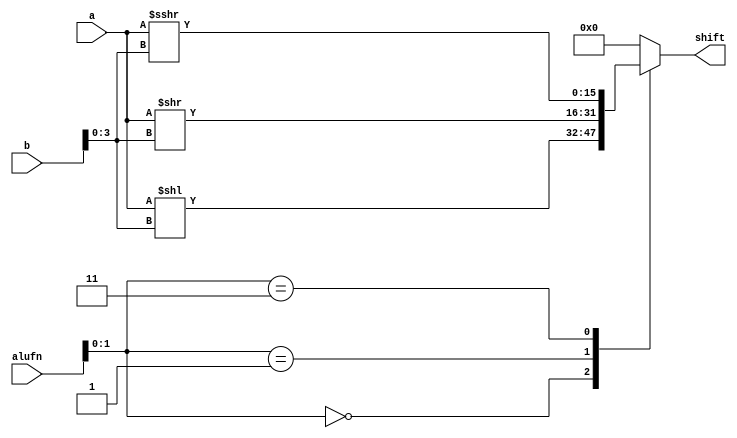
/*
   This file was generated automatically by the Mojo IDE version B1.3.6.
   Do not edit this file directly. Instead edit the original Lucid source.
   This is a temporary file and any changes made to it will be destroyed.
*/

module shifter_8 (
    input [5:0] alufn,
    input [15:0] a,
    input [15:0] b,
    output reg [15:0] shift
  );
  
  
  
  reg [3:0] xb;
  
  always @* begin
    xb = $signed(b[0+3-:4]);
    
    case (alufn[0+1-:2])
      2'h0: begin
        shift = $signed(a) << xb;
      end
      2'h1: begin
        shift = $signed(a) >> xb;
      end
      2'h3: begin
        shift = $signed(a) >>> xb;
      end
      default: begin
        shift = 1'h0;
      end
    endcase
  end
endmodule